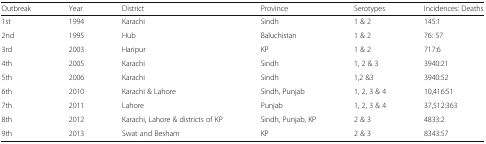
| Outbreak | Year | District | Province | Serotypes | Incidences: Deaths |
 | --- | --- | --- | --- | --- | --- |
 | 1st | 1994 | Karachi | Sindh | 1 & 2 | 145:1 |
 | 2nd | 1995 | Hub | Baluchistan | 1 & 2 | 76: 57 |
 | 3rd | 2003 | Haripur | KP | 1 & 2 | 717:6 |
 | 4th | 2005 | Karachi | Sindh | 1, 2 & 3 | 3940:21 |
 | 5th | 2006 | Karachi | Sindh | 1,2 &3 | 3940:52 |
 | 6th | 2010 | Karachi & Lahore | Sindh, Punjab | 1, 2, 3 & 4 | 10,416:51 |
 | 7th | 2011 | Lahore | Punjab | 1, 2, 3 & 4 | 37,512:363 |
 | 8th | 2012 | Karachi, Lahore & districts of KP | Sindh, Punjab, KP | 2 & 3 | 4833:2 |
 | 9th | 2013 | Swat and Besham | KP | 2 & 3 | 8343:57 |